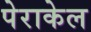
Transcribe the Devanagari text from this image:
पेराकेल